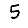
Digit: 5